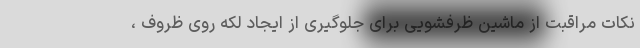
نکات مراقبت از ماشین ظرفشویی برای جلوگیری از ایجاد لکه روی ظروف ،